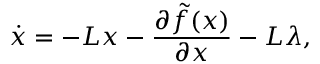
\dot { x } = - L x - \frac { \partial \tilde { f } ( x ) } { \partial x } - L \lambda ,